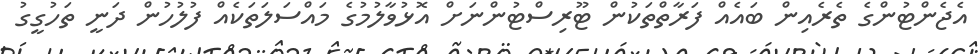
އެޖެންޓުންގެ ތެރެއިން ބައެއް ފަރާތްތަކުން ޓޫރިސްޓުންނަށް އޮޅުވާލުމުގެ މައްސަލަތަކެއް ފުލުހުން ދަނީ ތަހުގީގު